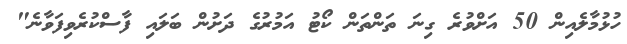
ހުޅުމާލެއިން 50 އަށްވުރެ ގިނަ ތަންތަން ކޯޓު އަމުރުގެ ދަށުން ބަލައި ފާސްކުރެވިފަވާނެ"